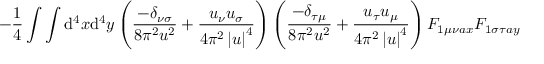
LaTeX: - \frac { 1 } { 4 } \int \int \mathrm { d } ^ { 4 } x \mathrm { d } ^ { 4 } y \left( \frac { - \delta _ { \nu \sigma } } { 8 \pi ^ { 2 } u ^ { 2 } } + \frac { u _ { \nu } u _ { \sigma } } { 4 \pi ^ { 2 } \left| u \right| ^ { 4 } } \right) \left( \frac { - \delta _ { \tau \mu } } { 8 \pi ^ { 2 } u ^ { 2 } } + \frac { u _ { \tau } u _ { \mu } } { 4 \pi ^ { 2 } \left| u \right| ^ { 4 } } \right) F _ { 1 \mu \nu a x } F _ { 1 \sigma \tau a y }